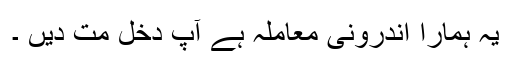
یہ ہمارا اندرونی معاملہ ہے آپ دخل مت دیں ۔